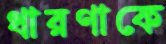
ধারণাকে